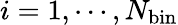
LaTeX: i=1,\cdots,N_{\mathrm{bin}}